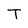
Character: T